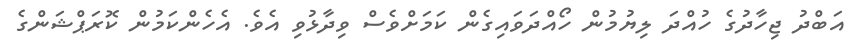
އަބްދު ޖިހާދުގެ ހުއްދަ ލިޔުމުން ހޯއްދަވައިގެން ކަމަށްވެސް ވިދާޅުވި އެވެ. އެހެންކަމުން ކޮރަޕްޝަންގެ